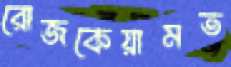
রোজকেয়ামত